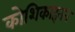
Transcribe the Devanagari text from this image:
कोशिकाहनन